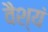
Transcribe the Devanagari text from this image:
वैश्यं